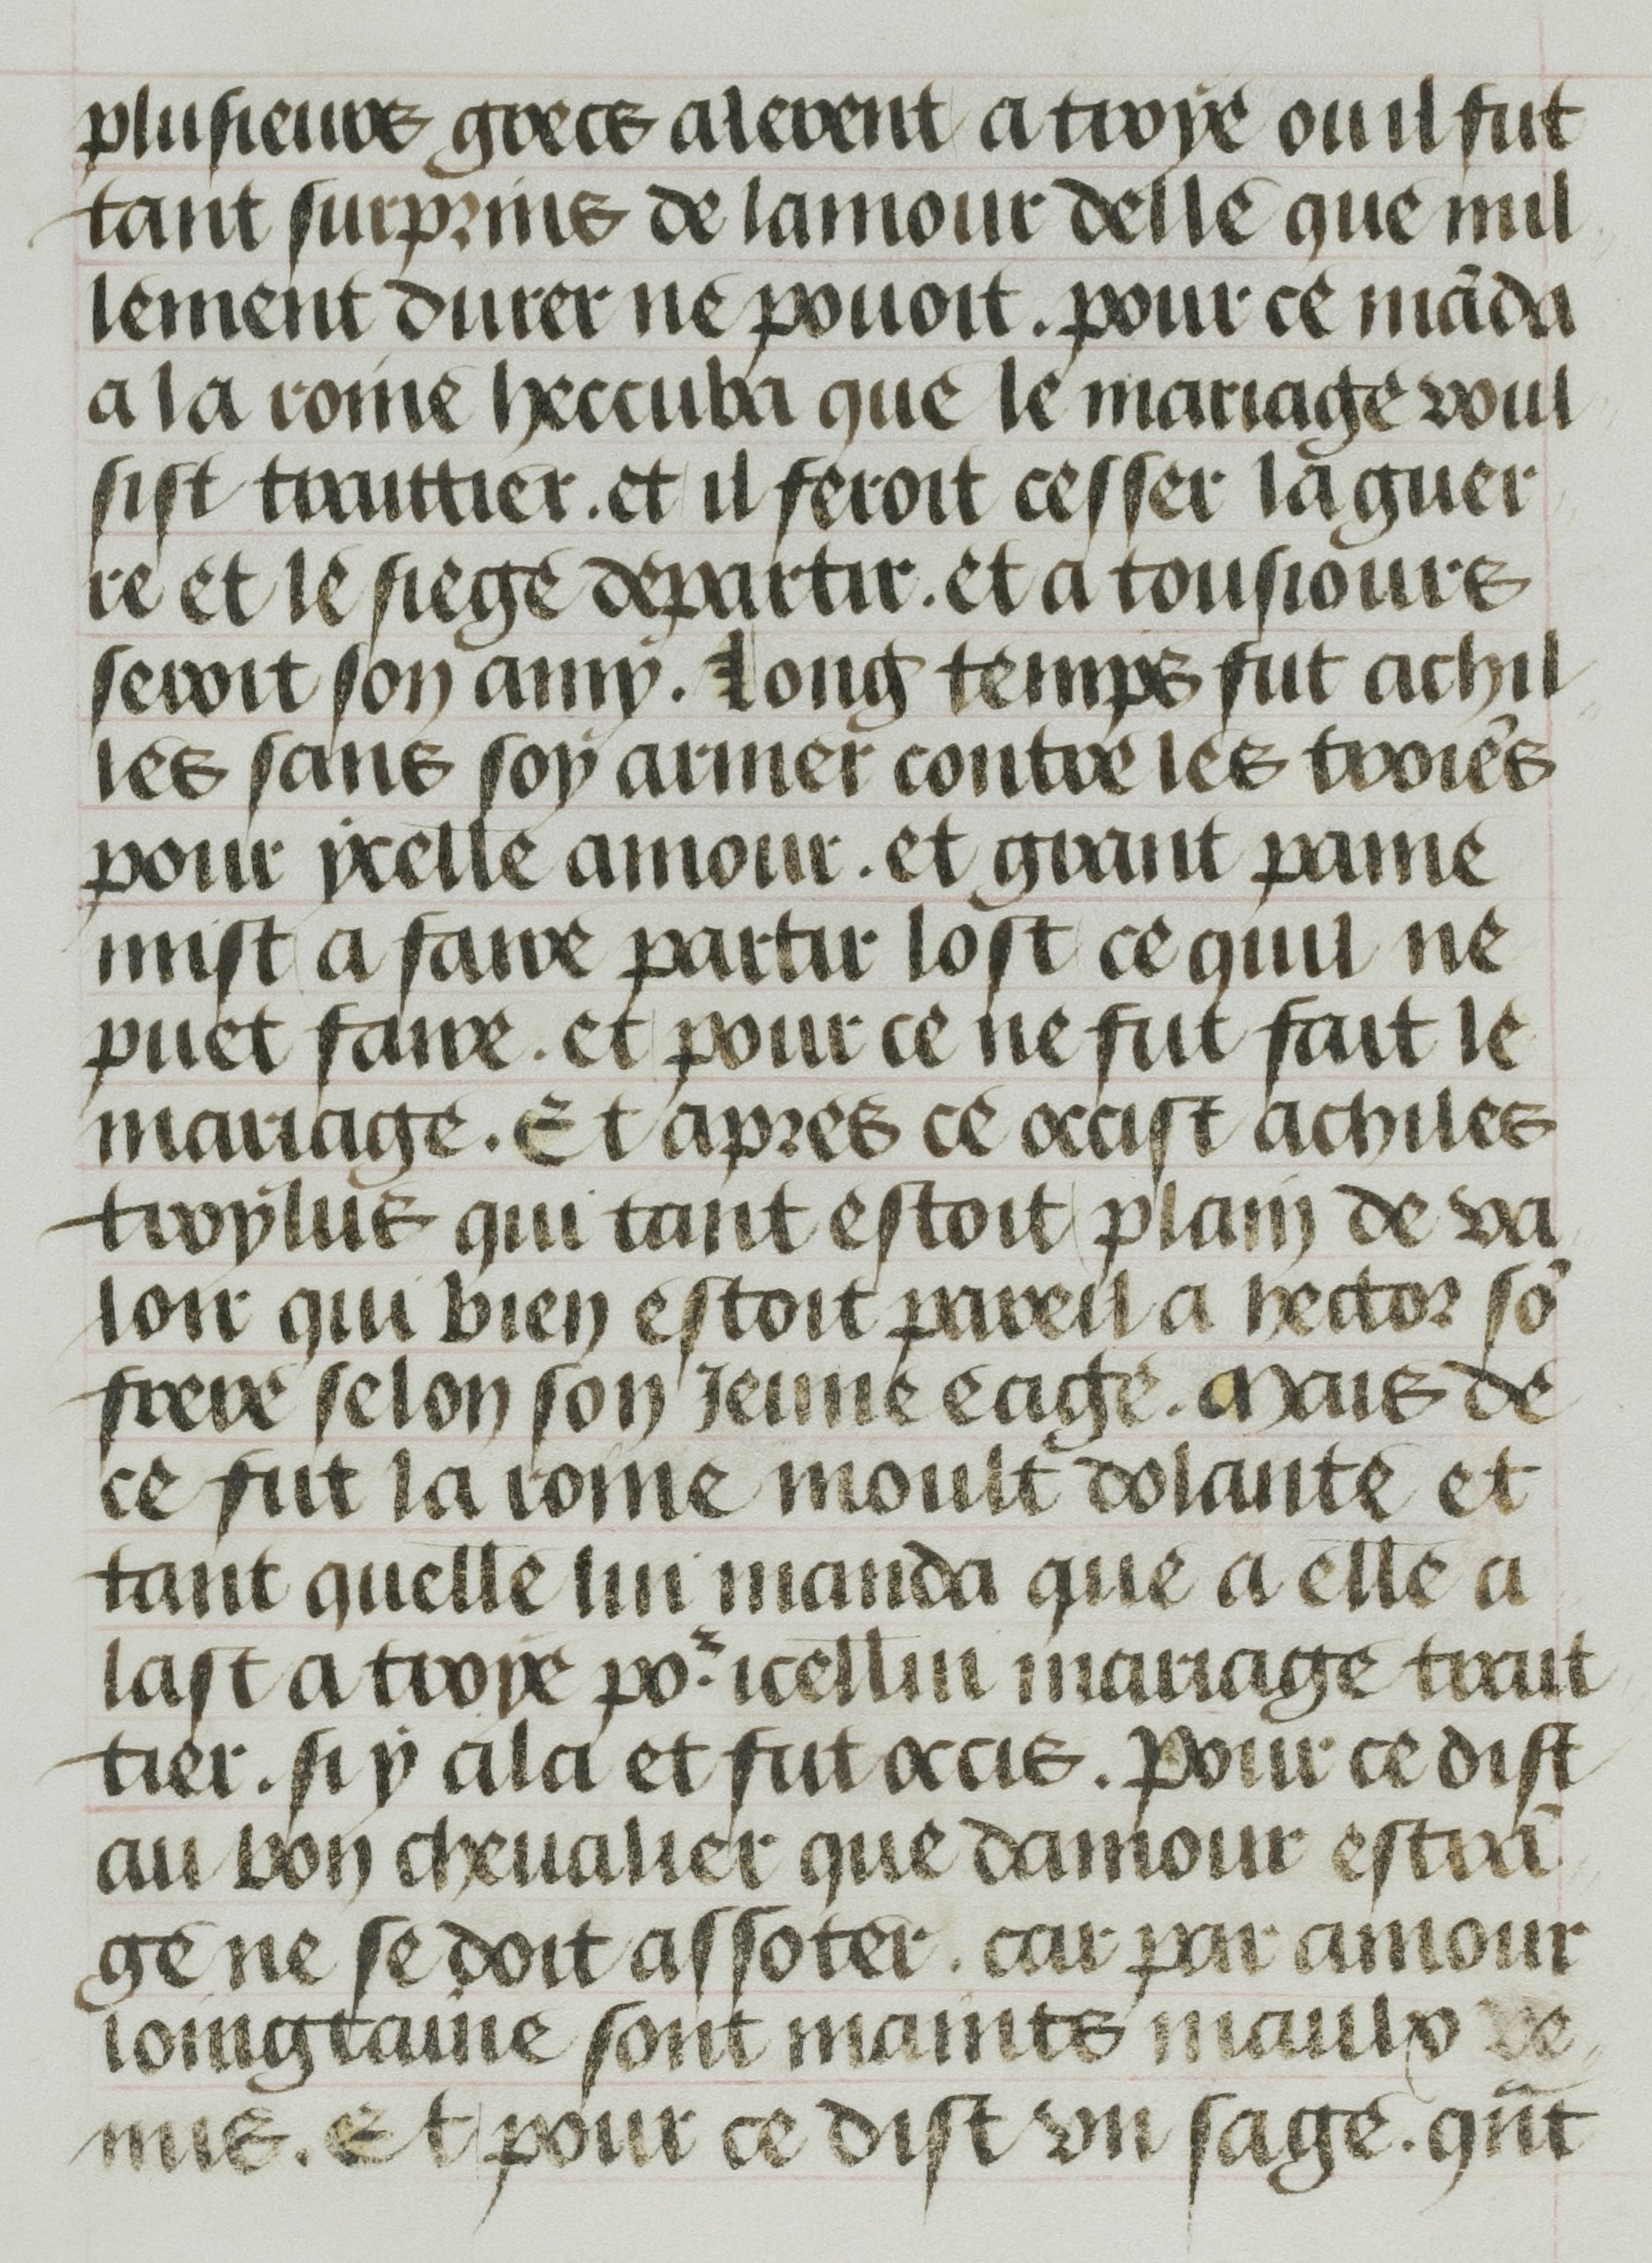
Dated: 1455–1465